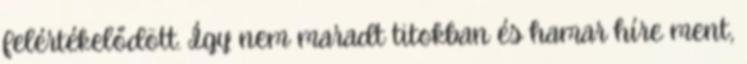
felértékelődött. Így nem maradt titokban és hamar híre ment,